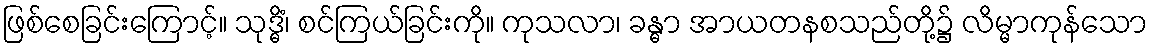
ဖြစ်စေခြင်းကြောင့်။ သုဒ္ဓိံ၊ စင်ကြယ်ခြင်းကို။ ကုသလာ၊ ခန္ဓာ အာယတနစသည်တို့၌ လိမ္မာကုန်သော